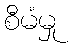
စီမံမှု